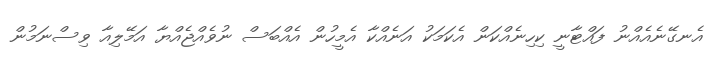
އެނގޭނެއެއްނު ފައްޓާނީ ކިހިނެއްކަން އެކަމަކު އަނެއްކާ އެމީހުން އެއްބަސް ނުވެއްޖެއްޔާ އަމޭލިއާ ވިސްނަމުން